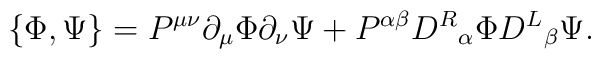
\{\Phi,\Psi\}=P^{\mu\nu}\partial_\mu\Phi\partial_\nu\Psi+P^{\alpha \beta } {D^{R}}_{\alpha }\Phi{D^{L}}_{\beta }\Psi.